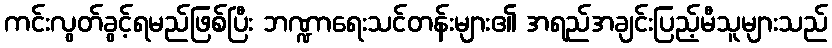
ကင်းလွတ်ခွင့်ရမည်ဖြစ်ပြီး ဘဏ္ဍာရေးသင်တန်းများ၏ အရည်အချင်းပြည့်မီသူများသည်